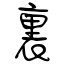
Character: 裏